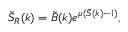
\begin{array} { r } { \tilde { S } _ { R } ( k ) = \tilde { B } ( k ) e ^ { \mu ( \tilde { S } ( k ) - 1 ) } , } \end{array}